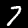
Digit: 7